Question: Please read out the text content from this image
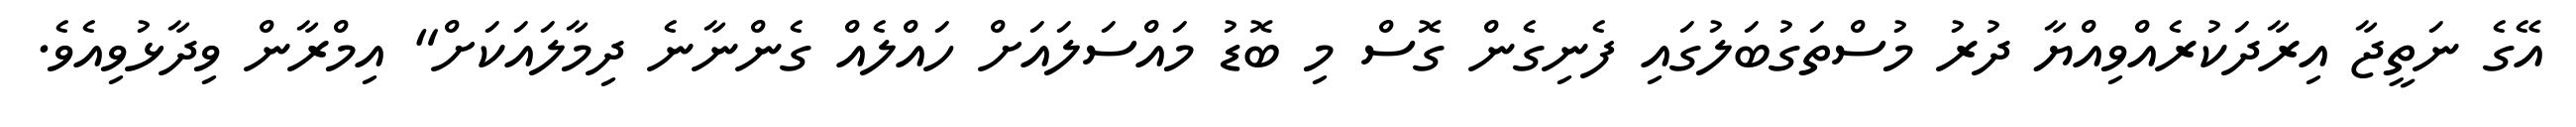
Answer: އޭގެ ނަތީޖާ އިރާދަކުރެއްވިއްޔާ ދުރު މުސްތަގުބަލުގައި ފެނިގެން ގޮސް މި ބޮޑު މައްސަލައަށް ހައްލެއް ގެންނާނެ ދިމާލައަކަށް" އިމްރާން ވިދާޅުވިއެވެ.